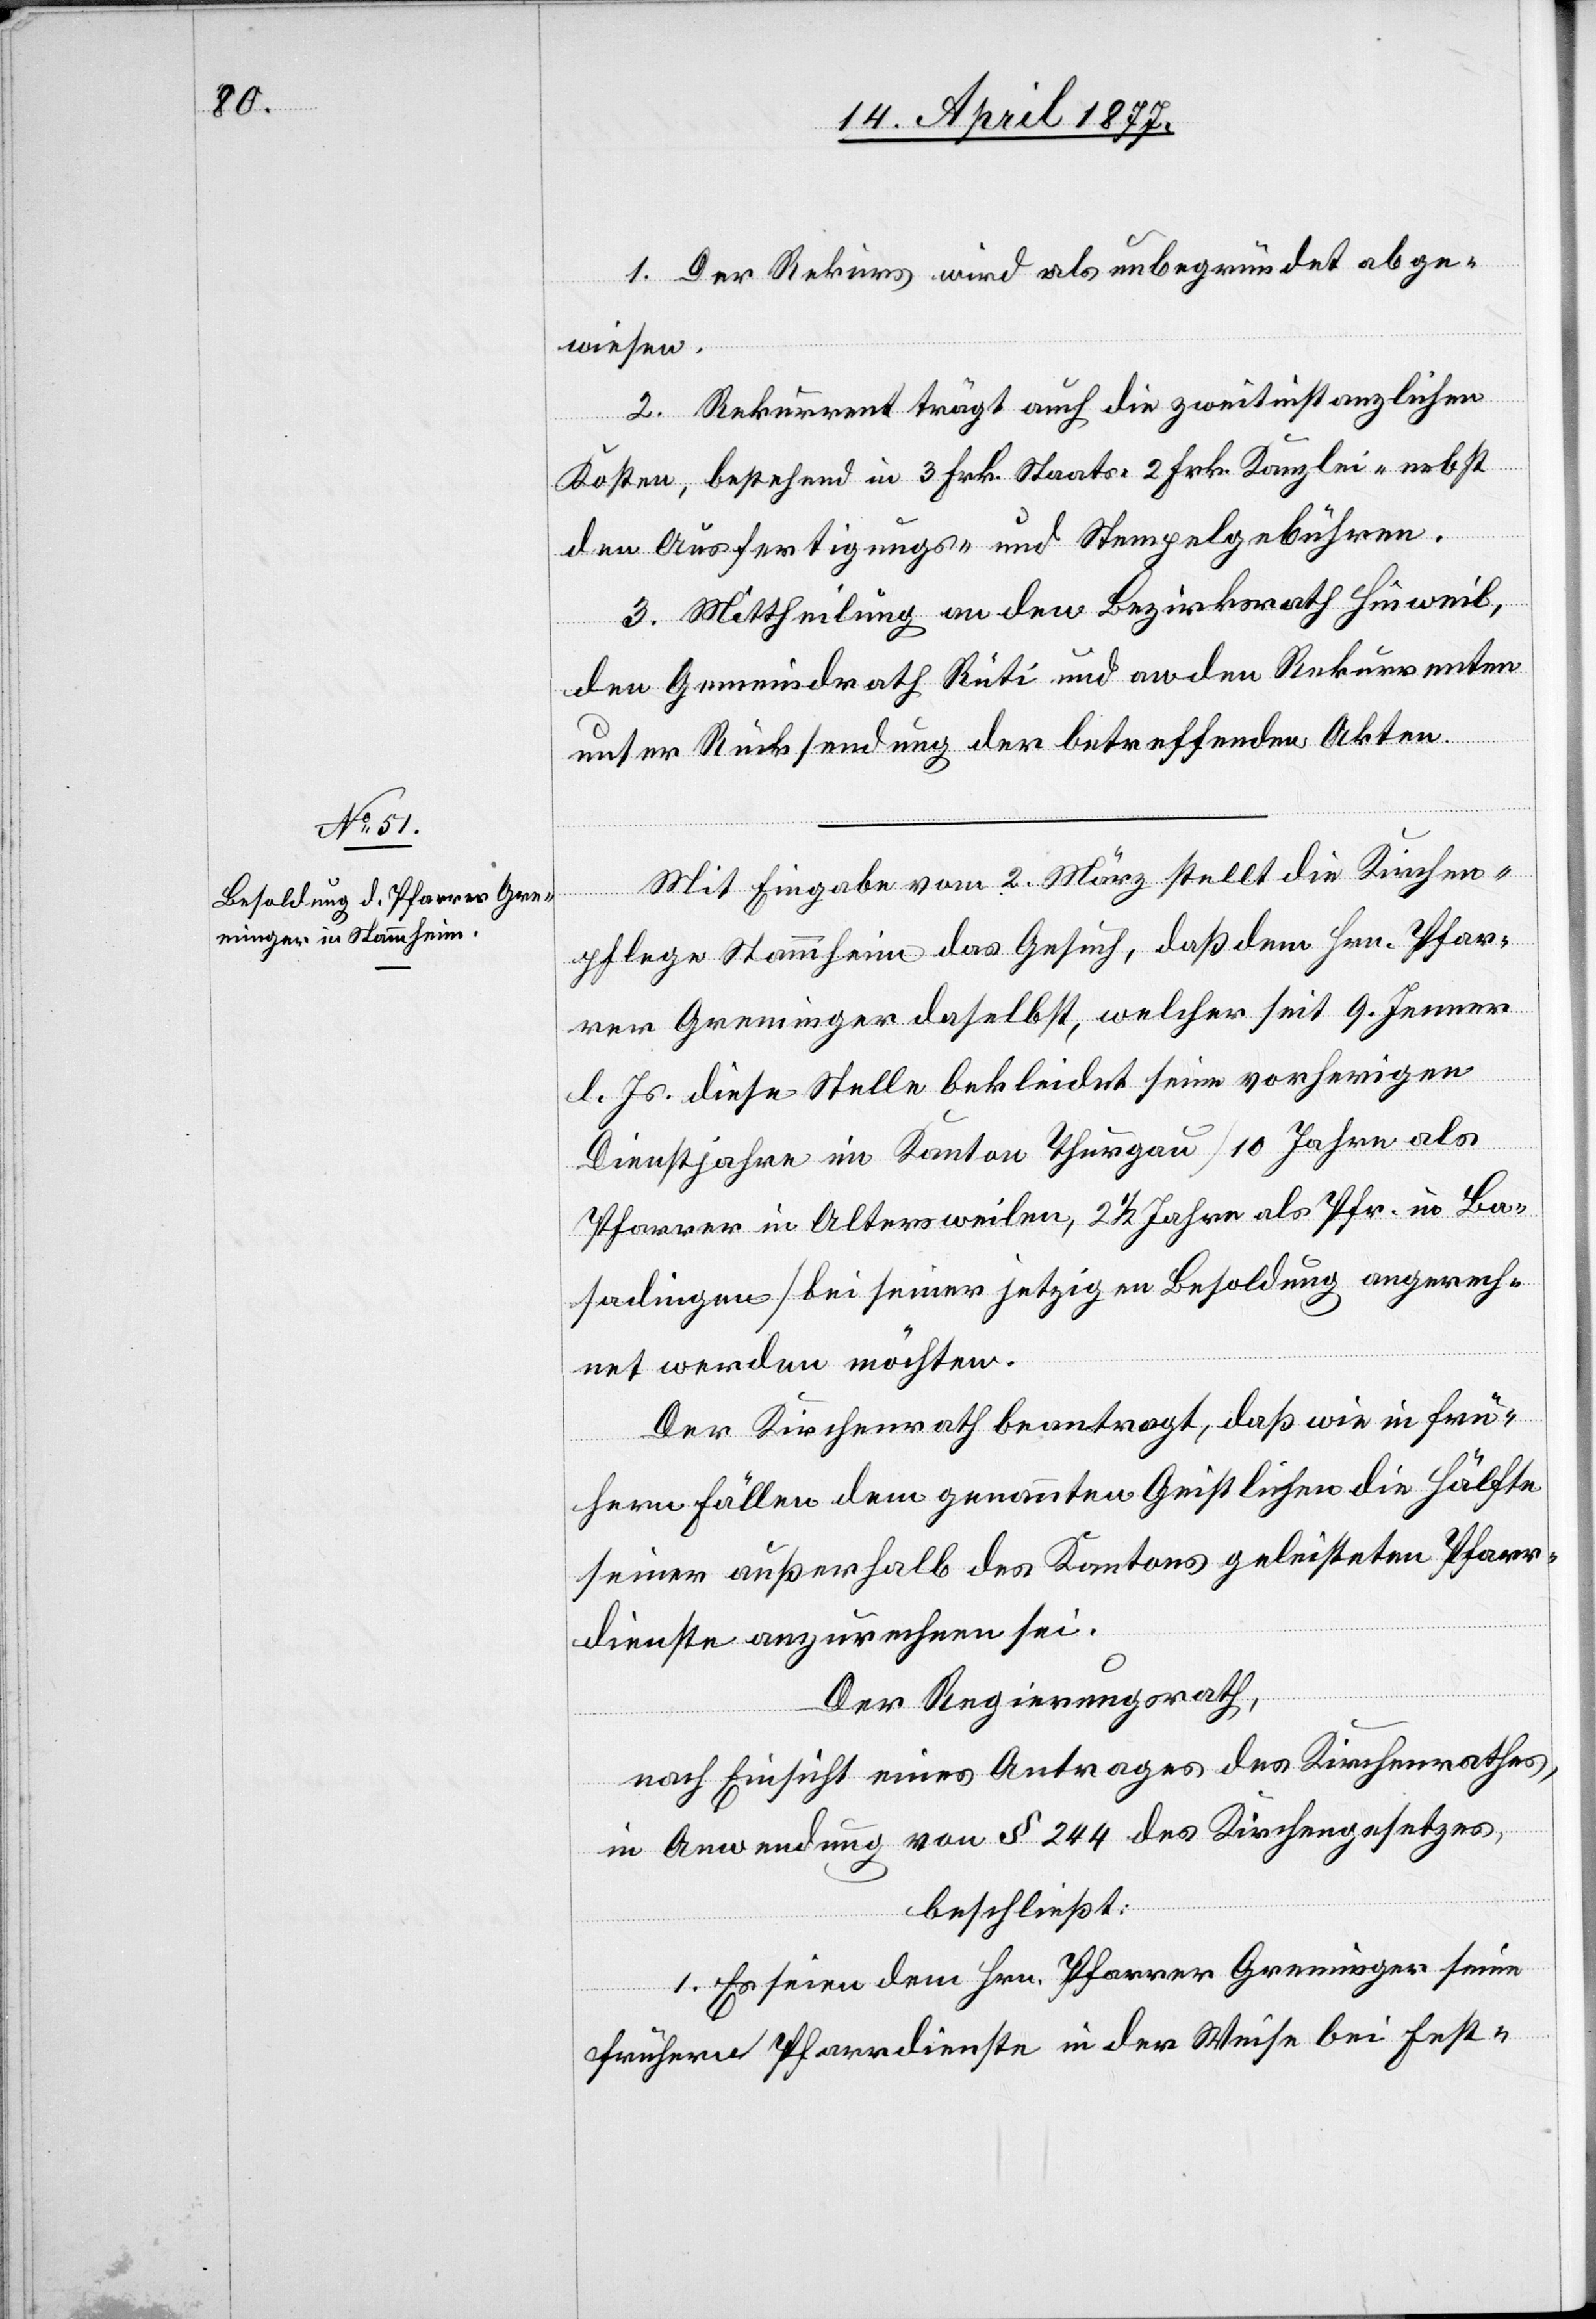
1. Der Rekurs wird als unbegründet abge¬
wiesen.
2. Rekurrent trägt auch die zweitinstanzlichen
Kosten, bestehend in 3 Frk. Staats- 2 Frk. Kanzlei- nebst
den Ausfertigungs- und Stempelgebühren.
3. Mittheilung an den Bezirksrath Hinweil,
den Gemeindrath Rüti und an den Rekurrenten
unter Rücksendung der betreffenden Akten.
Mit Eingabe vom 2. März stellt die Kirchen¬
pflege Stammheim das Gesuch, daß dem Hrn. Pfar¬
rer Greminger daselbst, welcher seit 9. Jenner
l. Js. diese Stelle bekleidet seine vorherigen
Dienstjahre im Kanton Thurgau [10 Jahre als
Pfarrer in Altersweilen, 2 1/2 Jahre als Pfr. in Ba¬
sadingen] bei seiner jetzigen Besoldung angerech¬
net werden möchten.
Der Kirchenrath beantragt, daß wie in frü¬
hern Fällen dem genannten Geistlichen die Hälfte
seiner außerhalb des Kantons geleisteten Pfarr¬
dienste anzurechnen sei.
Der Regierungsrath,
nach Einsicht eines Antrages des Kirchenrathes,
in Anwendung von § 244 des Kirchengesetzes,
beschließt:
1. Es seien dem Hrn. Pfarrer Greminger seine
frühern Pfarrdienste in der Weise bei Fest-